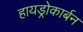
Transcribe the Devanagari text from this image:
हायड्रोकार्बन